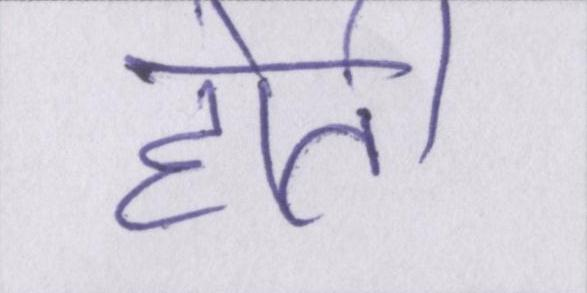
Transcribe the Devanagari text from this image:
होती